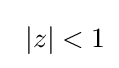
\left.\right.|z|<1